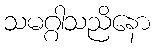
သမဂ္ဂါသညိနော